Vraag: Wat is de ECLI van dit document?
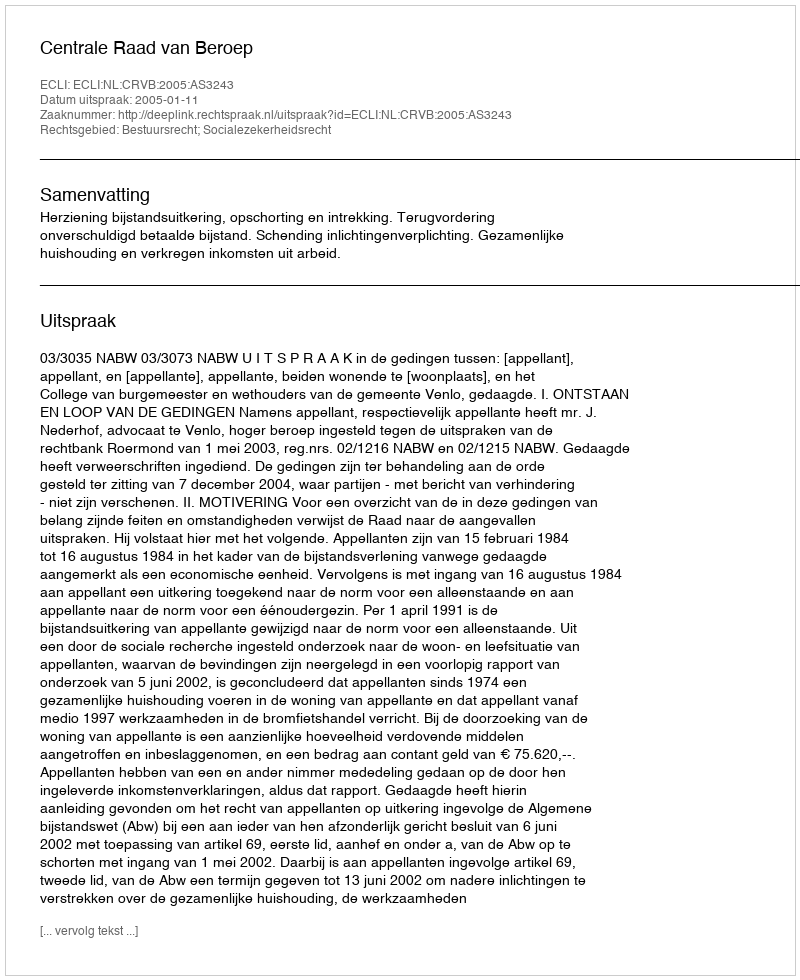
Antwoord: ECLI:NL:CRVB:2005:AS3243